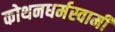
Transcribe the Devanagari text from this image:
कोथनधर्मस्वामी